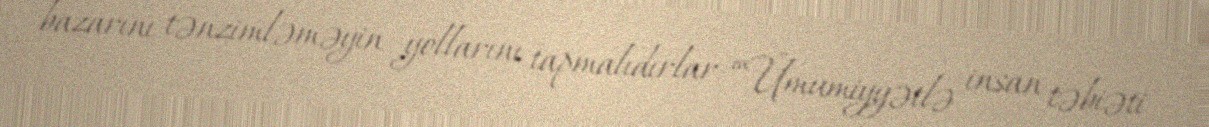
bazarını tənzimləməyin yollarını tapmalıdırlar: “Ümumiyyətlə insan təbiəti